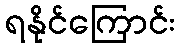
ရနိုင်ကြောင်း